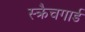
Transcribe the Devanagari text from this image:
स्क्रैचगार्ड